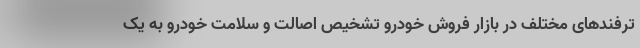
ترفندهای مختلف در بازار فروش خودرو تشخیص اصالت و سلامت خودرو به یک